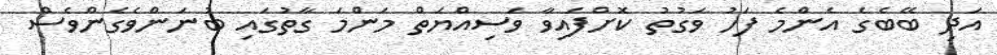
އަދި ބޭބެގެ އެންމެ ފަހު ވަގުތު ކޮށްފައިވާ ވަސިއްޔަތް މަންމަ ގާތުގައި ބުނަންވެގެންވެސް